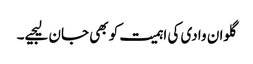
گلوان وادی کی اہمیت کو بھی جان لیجیے۔